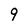
Character: 9